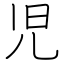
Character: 児